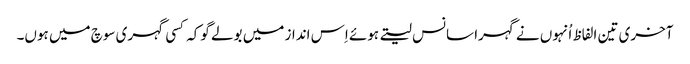
آخری تین الفاظ اُنہوں نے گہرا سانس لیتے ہوئے اِس انداز میں بولے گوکہ کسی گہری سوچ میں ہوں۔